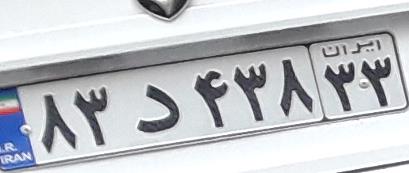
۸۳د۴۳۸۳۳